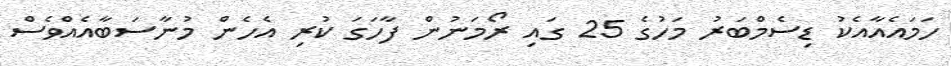
ހަމައެއާއެކު ޑިސެމްބަރު މަހުގެ 25 ގައި ރޯމަނުން ފާހަގަ ކުރި އެހެން މުނާސަބާއެއްވެސް